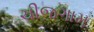
ચીજગામ